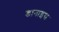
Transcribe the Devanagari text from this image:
डानाइस